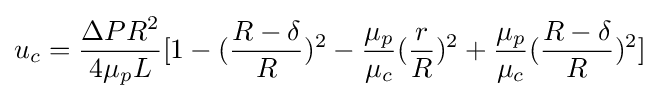
u_{c}={\frac {\Delta PR^{2}}{4\mu _{p}L}}[1-({\frac {R-\delta }{R}})^{2}-{\frac {\mu _{p}}{\mu _{c}}}({\frac {r}{R}})^{2}+{\frac {\mu _{p}}{\mu _{c}}}({\frac {R-\delta }{R}})^{2}]